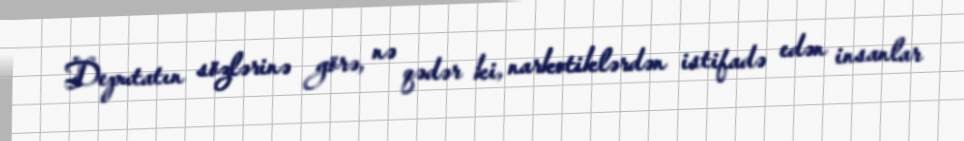
Deputatın sözlərinə görə, nə qədər ki, narkotiklərdən istifadə edən insanlar